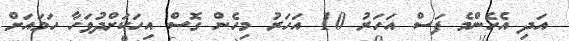
އަދި އެހެންމެ ފަސް އަހަރު 10 އަހަރު މިހެން ގޮސް އިހަކަށްދުވަހާ ހަމައަށް